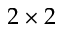
2 \times 2